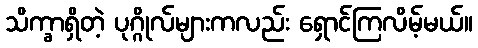
သိက္ခာရှိတဲ့ ပုဂ္ဂိုလ်များကလည်း ရှောင်ကြလိမ့်မယ်။